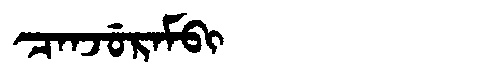
Manchu: ᠴᠠᠨᠵᡠᡵᠠᠮᠪᡳ
Romanization: CANJURAMBI